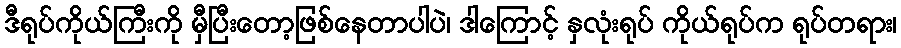
ဒီရုပ်ကိုယ်ကြီးကို မှီပြီးတော့ဖြစ်နေတာပါပဲ၊ ဒါကြောင့် နှလုံးရုပ် ကိုယ်ရုပ်က ရုပ်တရား၊